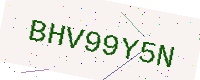
Text: BHV99Y5N